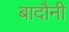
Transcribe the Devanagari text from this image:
बादौनी